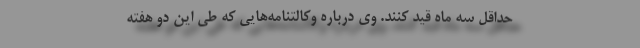
حداقل سه ماه قید کنند. وی درباره وکالتنامه‌هایی که طی این دو هفته